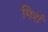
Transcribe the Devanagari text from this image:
मिर्रा